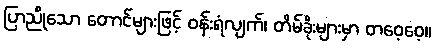
ပြာညိုသော တောင်များဖြင့် ဝန်းရံလျက်၊ တိမ်ခိုးများမှာ တဝေ့ဝေ့။